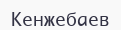
Кенжебаев